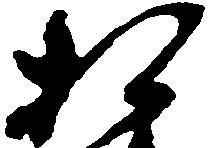
相